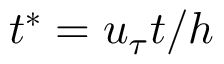
t ^ { * } = u _ { \tau } t / h